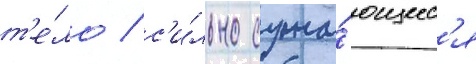
т'е́ло / с'и́льно сужа́ющеес'я